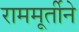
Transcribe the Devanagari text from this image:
राममूर्तीने